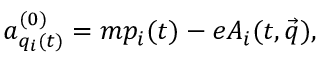
a _ { q _ { i } ( t ) } ^ { ( 0 ) } = m p _ { i } ( t ) - e A _ { i } ( t , \vec { q } ) ,